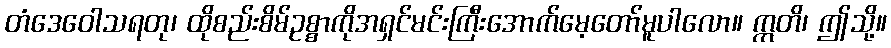
တံဒေဝေါသရတု၊ ထိုစည်းစိမ်ဥစ္စာကိုအရှင်မင်းကြီးအောက်မေ့တော်မူပါလော။ ဣတိ၊ ဤသို့။